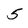
Character: 5